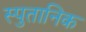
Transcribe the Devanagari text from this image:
स्पुतानिक